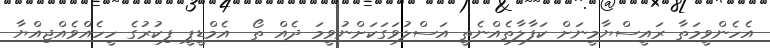
އެހެންވީމަތާ ރައީސްޔާމީނަށް ކަފާލާތެއްނެތީ އަސްލުވަގަކަށްނުވީމަ ދެއް ތޯ  އެމްޑީޕީ ފިކުރުގެ ހީހެއްވެއްޖިއްޔާ